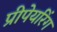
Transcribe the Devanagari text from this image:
प्रीपेयरिंग